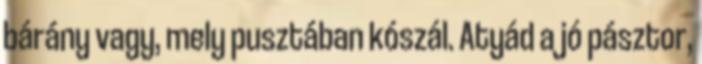
bárány vagy, mely pusztában kószál. Atyád a jó pásztor,